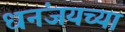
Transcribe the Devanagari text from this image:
धनंजयच्या